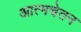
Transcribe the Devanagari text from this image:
आत्मचेतन